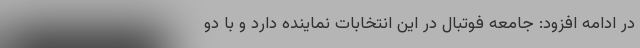
در ادامه افزود: جامعه فوتبال در این انتخابات نماینده دارد و با دو